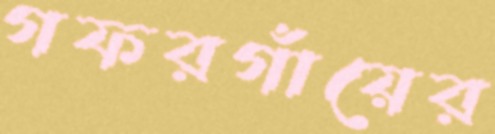
গফরগাঁয়ের